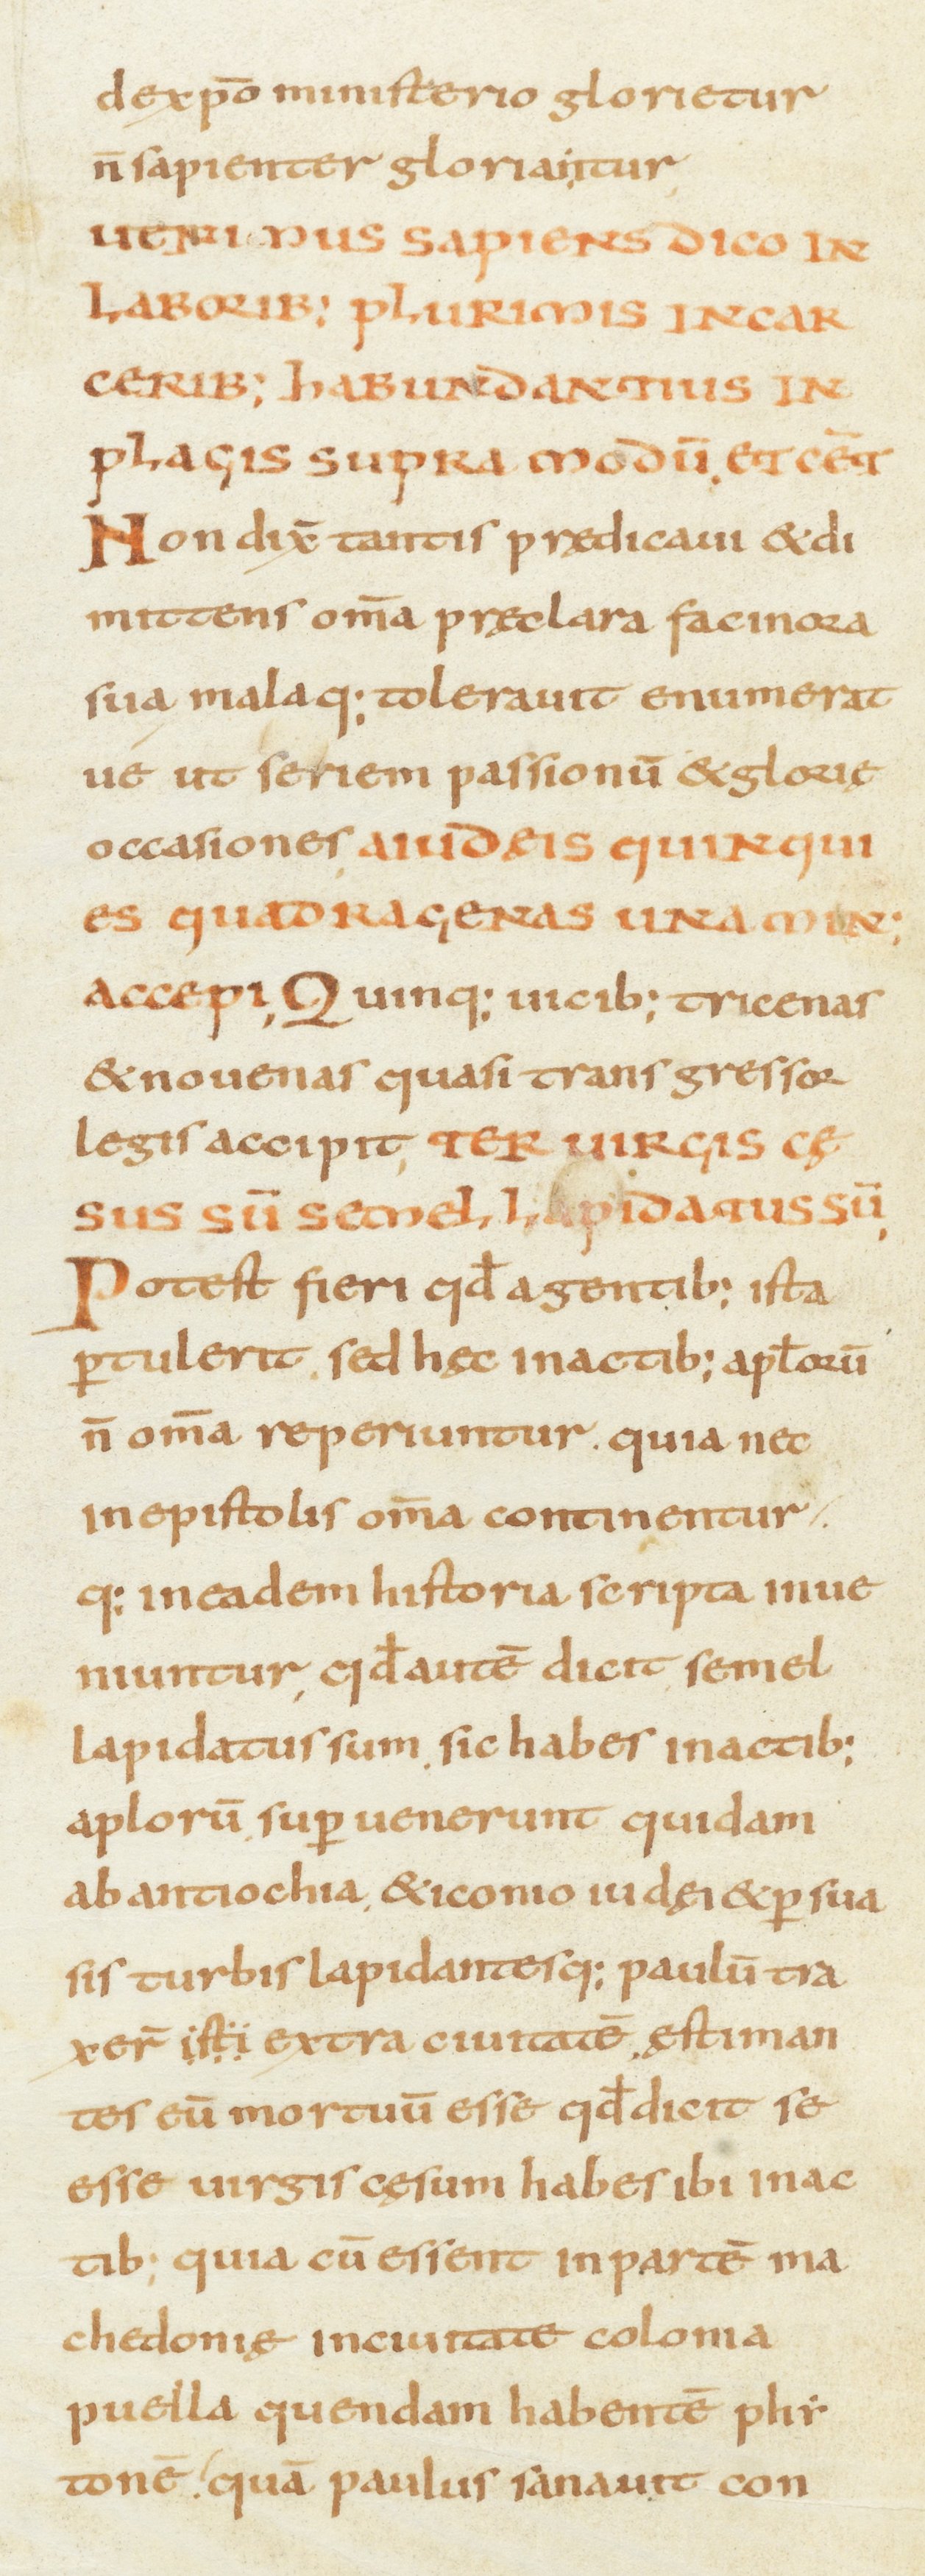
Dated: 800–899